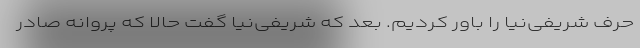
حرف شریفی‌نیا را باور کردیم. بعد که شریفی‌نیا گفت حالا که پروانه صادر